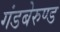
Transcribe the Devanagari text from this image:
गंडबेरुण्ड